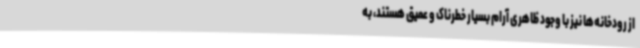
از رودخانه‌ها نیز با وجود ظاهری آرام بسیار خطرناک و عمیق هستند، به